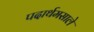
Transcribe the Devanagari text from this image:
पदार्थमसाले